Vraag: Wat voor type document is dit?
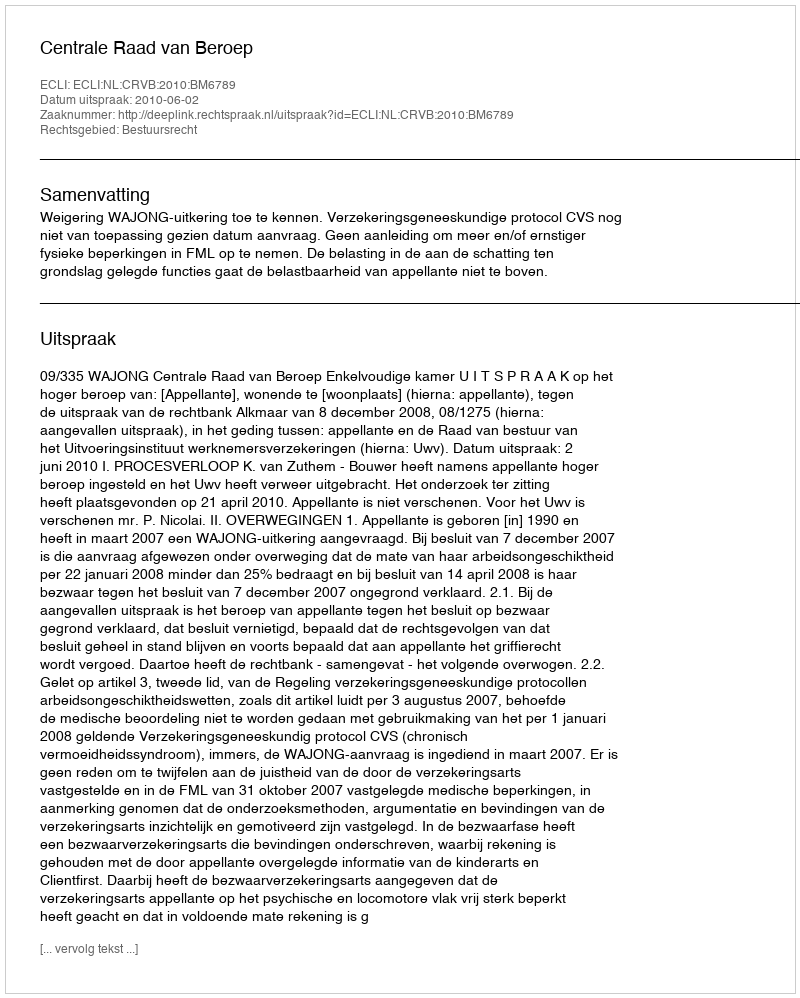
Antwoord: Uitspraak